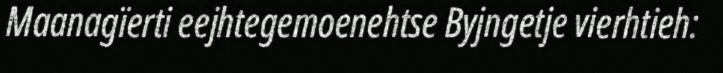
Maanagïerti eejhtegemoenehtse Byjngetje vierhtieh: